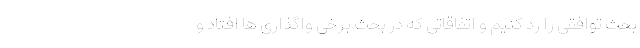
بحث توافقی را رد کنیم و اتفاقاتی که در بحث برخی واگذاری ها افتاد و